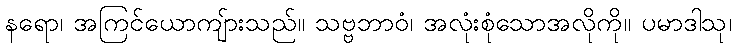
နရော၊ အကြင်ယောကျ်ားသည်။ သဗ္ဗဘာဝံ၊ အလုံးစုံသောအလိုကို။ ပမာဒါသု၊